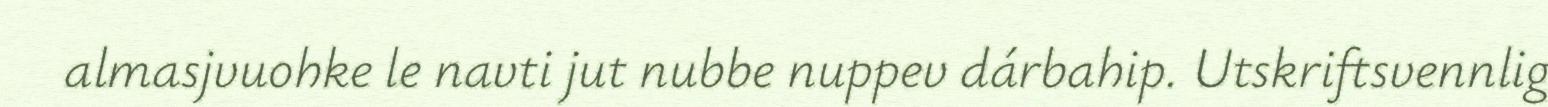
almasjvuohke le navti jut nubbe nuppev dárbahip. Utskriftsvennlig